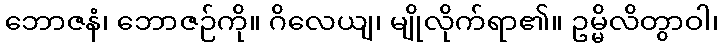
ဘောဇနံ၊ ဘောဇဉ်ကို။ ဂိလေယျ၊ မျိုလိုက်ရာ၏။ ဥမ္မိလိတွာဝါ၊